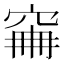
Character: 𥥼